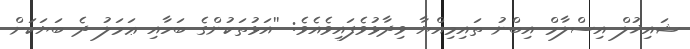
ޝައިޚުލް އިސްލާމް އިބްނު ތައިމިއްޔާ ވިދާޅުވެފައިވެއެވެ: ''އަޅުތަކުންގެ ބަހާއި ޢަމަލު ދެ ބަޔަކަށް